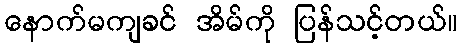
နောက်မကျခင် အိမ်ကို ပြန်သင့်တယ်။